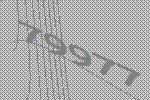
79977